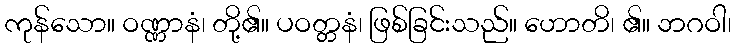
ကုန်သော။ ဝဏ္ဏာနံ၊ တို့၏။ ပဝတ္တနံ၊ ဖြစ်ခြင်းသည်။ ဟောတိ၊ ၏။ ဘဂဝါ၊